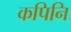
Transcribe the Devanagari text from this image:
कपिनि